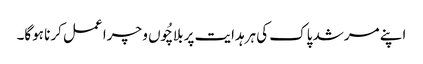
اپنے مرشد پاک کی ہرہدایت پر بلاچُوں و چرا عمل کرنا ہوگا۔